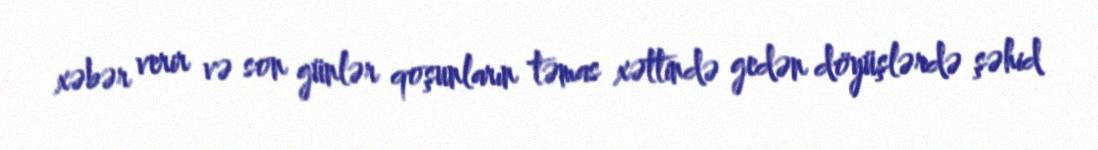
xəbər verir və son günlər qoşunların təmas xəttində gedən döyüşlərdə şəhid